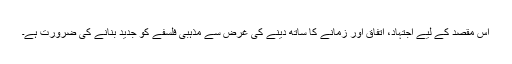
اس مقصد کے لیے اجتہاد، اتفاق اور زمانے کا ساتھ دینے کی غرض سے مذہبی فلسفے کو جدید بنانے کی ضرورت ہے۔